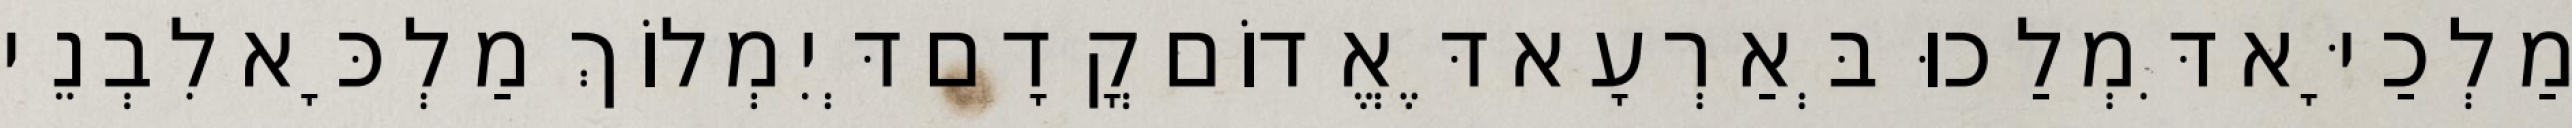
מַלְכַיָּא דִּמְלַכוּ בְּאַרְעָא דֶּאֱדוֹם קֳדָם דְּיִמְלוֹךְ מַלְכָּא לִבְנֵי